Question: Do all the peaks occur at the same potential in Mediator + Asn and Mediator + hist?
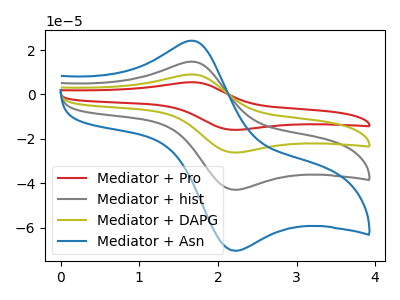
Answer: <think>The red curve "Mediator + Pro" has an anodic peak at (1.70V, 44.15uA) and a cathodic peak at (2.20V, -128.80uA). The gray curve "Mediator + hist" has an anodic peak at (1.70V, 14.70uA) and a cathodic peak at (2.20V, -42.95uA). The olive curve "Mediator + DAPG" has an anodic peak at (1.70V, 29.45uA) and a cathodic peak at (2.20V, -85.90uA). The blue curve "Mediator + Asn" has an anodic peak at (1.70V, 24.15uA) and a cathodic peak at (2.20V, -70.40uA).</think>
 <answer>Yes, "Mediator + Asn" have a peak in "Mediator + hist" at the same potential.</answer>
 <eval>match</eval>